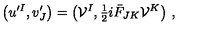
\big ( u ^ { \prime I } , v _ { J } ^ { \prime } \big ) = \big ( { \cal V } ^ { I } , { \textstyle { \frac { 1 } { 2 } } } i \bar { F } _ { J K } { \cal V } ^ { K } \big ) \ ,